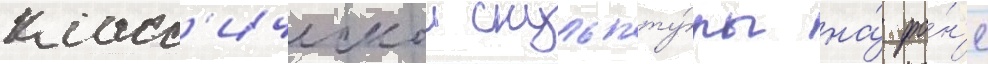
класс'ическои скульпту́ры на́ фо́н'е